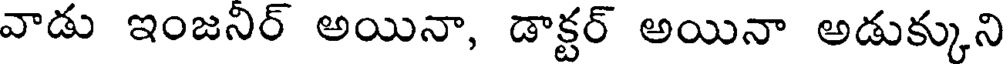
వాడు ఇంజనిర్ అయినా, డాక్టర్ అయినా అడుక్కుని